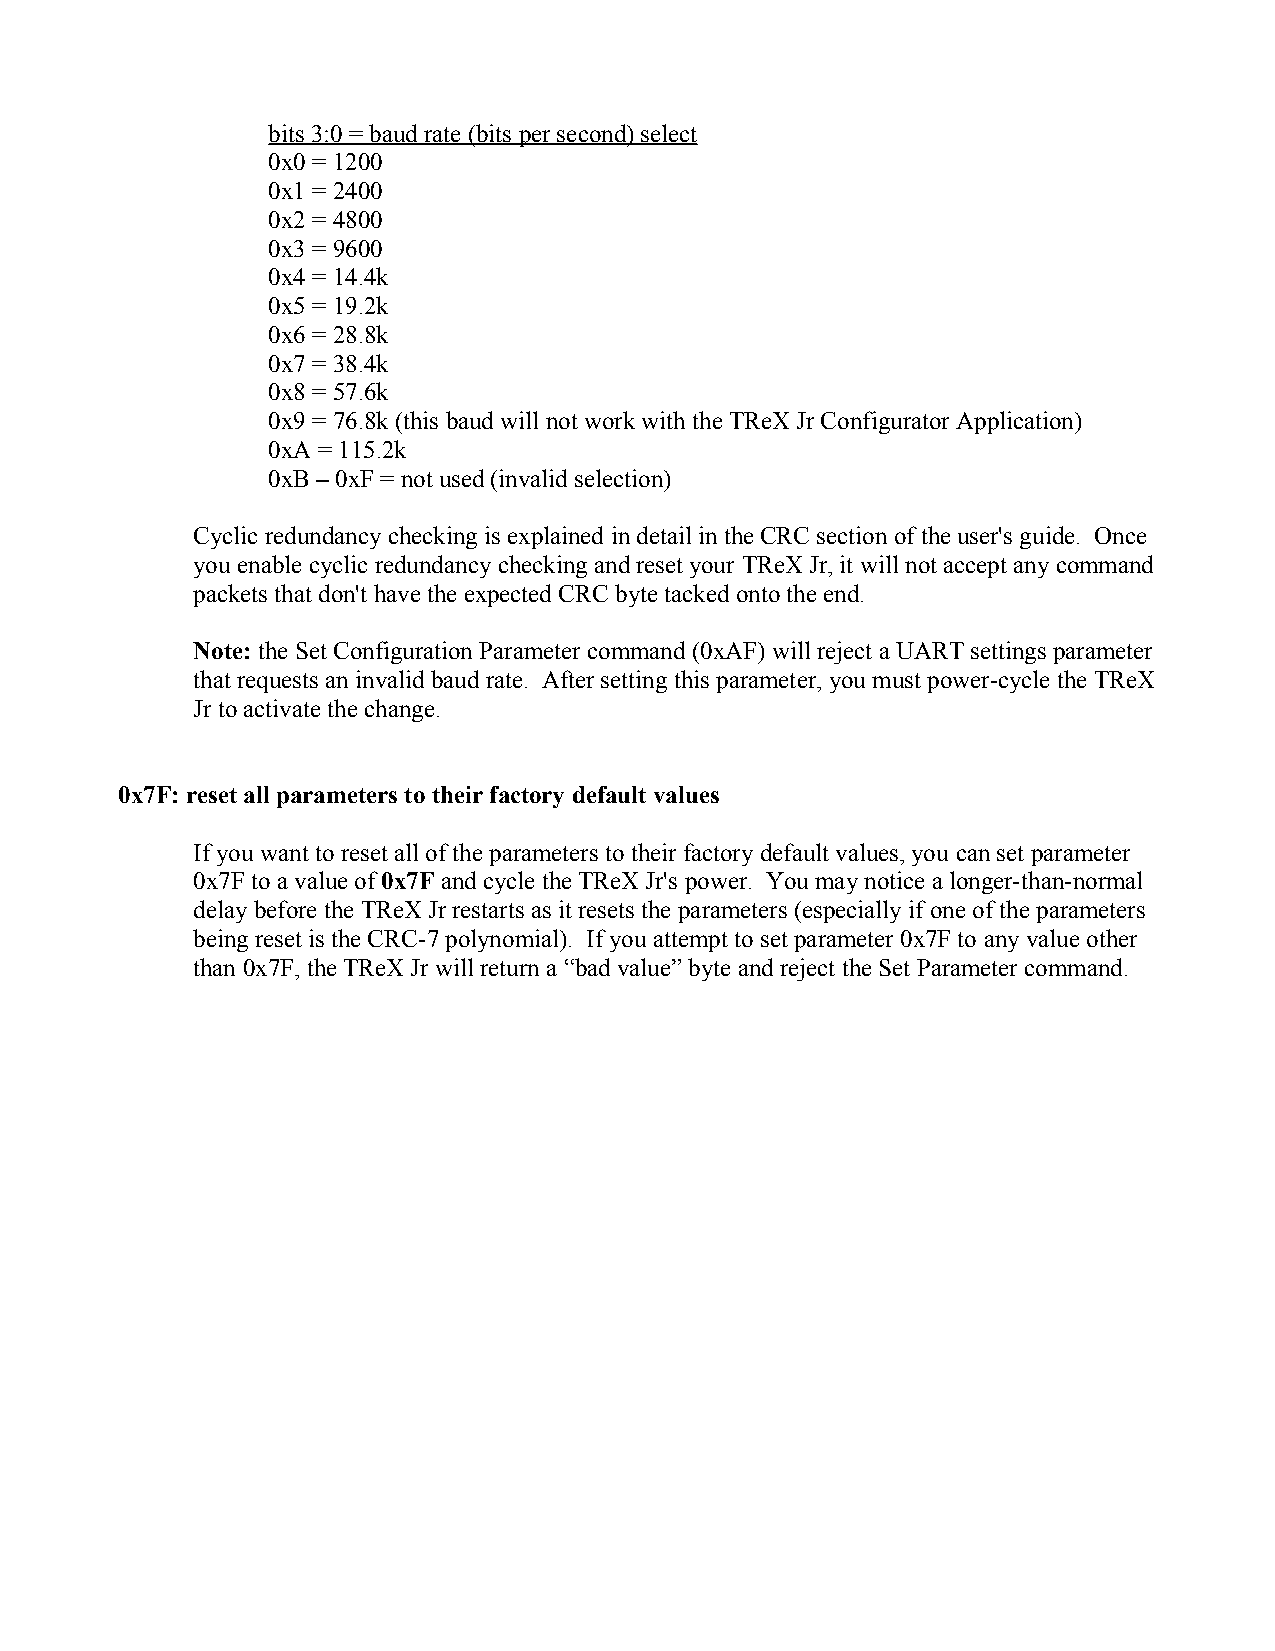
bits 3:0 = baud rate (bits per second) select
 0x0 = 1200
 0x1 = 2400
 0x2 = 4800
 0x3 = 9600
 0x4 = 14.4k
 0x5 = 19.2k
 0x6 = 28.8k
 0x7 = 38.4k
 0x8 = 57.6k
 0x9 = 76.8k (this baud will not work with the TReX Jr Configurator Application)
 0xA = 115.2k
 0xB – 0xF = not used (invalid selection)
 Cyclic redundancy checking is explained in detail in the CRC section of the user's guide. Once
 you enable cyclic redundancy checking and reset your TReX Jr, it will not accept any command
 packets that don't have the expected CRC byte tacked onto the end.
 Note: the Set Configuration Parameter command (0xAF) will reject a UART settings parameter
 that requests an invalid baud rate. After setting this parameter, you must power-cycle the TReX
 Jr to activate the change.
 0x7F: reset all parameters to their factory default values
 If you want to reset all of the parameters to their factory default values, you can set parameter
 0x7F to a value of 0x7F and cycle the TReX Jr's power. You may notice a longer-than-normal
 delay before the TReX Jr restarts as it resets the parameters (especially if one of the parameters
 being reset is the CRC-7 polynomial). If you attempt to set parameter 0x7F to any value other
 than 0x7F, the TReX Jr will return a “bad value” byte and reject the Set Parameter command.